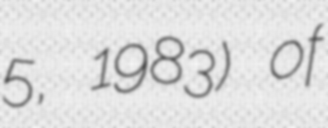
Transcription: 5, 1983) of